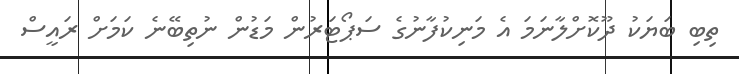
ތިބި ބަޔަކު ދޫކޮށްލާނަމަ އެ މަނިކުފާނުގެ ސަޕޯޓަރުން މަޑުން ނުތިބޭނެ ކަމަށް ރައީސް